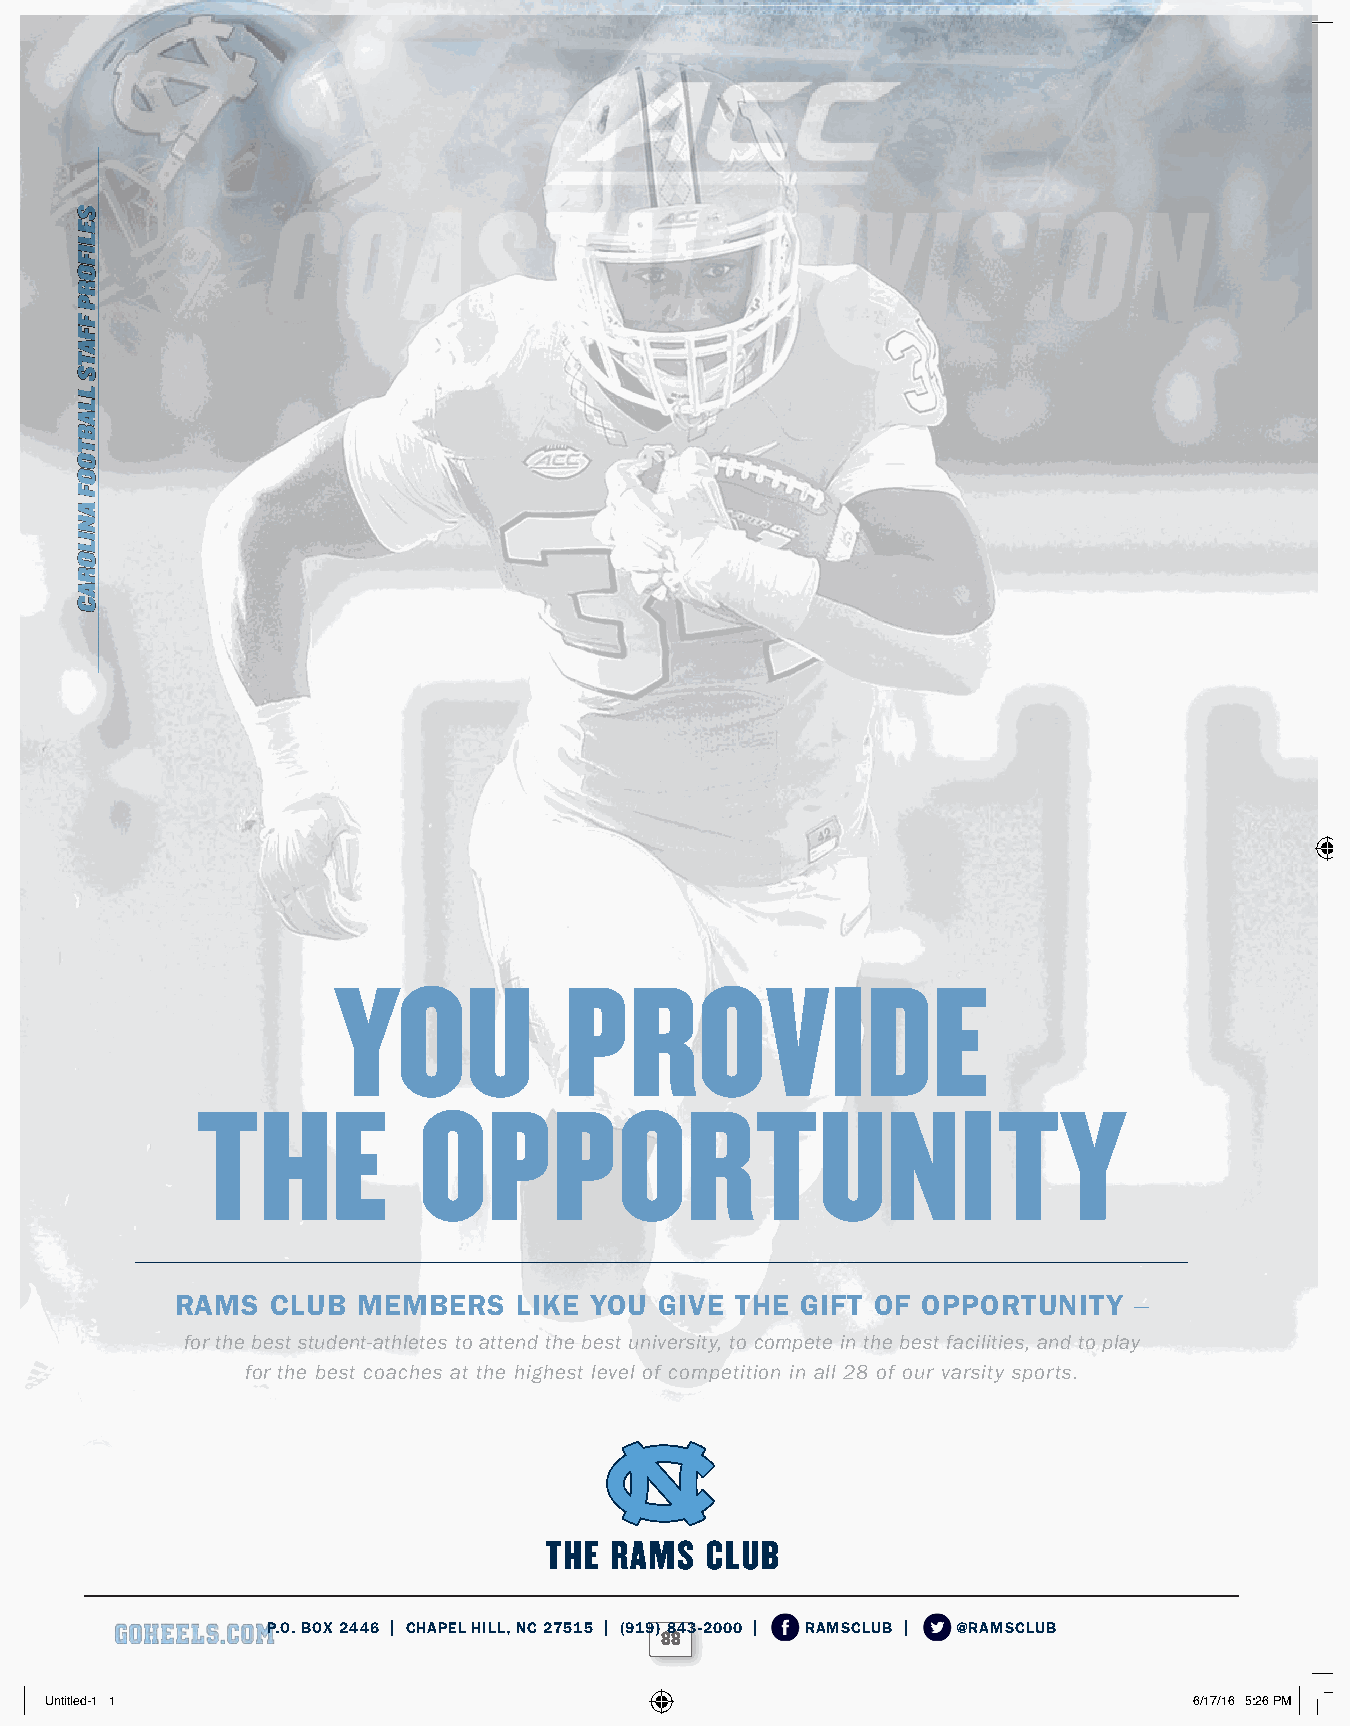
YOU            PROVIDE
 THE            OPPORTUNITY
 RAMS  CLUB  MEMBERS   LIKE YOU  GIVE THE GIFT OF OPPORTUNITY   –
 for the best student-athletes to attend the best university, to compete in the best facilities, and to play
 for the best coaches at the highest level of competition in all 28 of our varsity sports.
 P.O. BOX 2446 | CHAPEL HILL, NC 27515 | (919) 843-2000 | RAMSCLUB | @RAMSCLUB
 88
 Untitled-1 1                                                                6/17/16 5:26 PM
 SELIFORP
 FFATS
 LLABTOOF
 ANILORAC